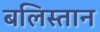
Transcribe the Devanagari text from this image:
बलिस्तान